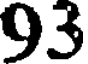
93